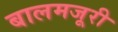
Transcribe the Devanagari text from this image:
बालमजूरी